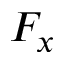
F _ { x }